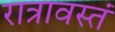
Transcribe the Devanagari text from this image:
रात्रावस्तं